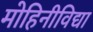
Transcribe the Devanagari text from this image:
मोहिनीविद्या